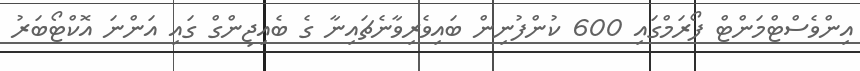
އިންވެސްޓްމަންޓް ފޯރަމްގައި 600 ކުންފުނިން ބައިވެރިވާނެޗައިނާ ގެ ބެއިޖިންގް ގައި އަންނަ އޮކްޓޯބަރު